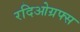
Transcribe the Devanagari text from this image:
रदिओग्रफ्स